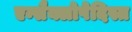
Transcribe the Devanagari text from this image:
एन्सैक्लोपेदिस्त